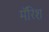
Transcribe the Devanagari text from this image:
मॅरिश